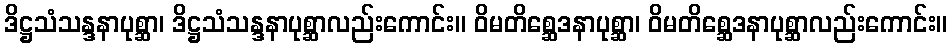
ဒိဋ္ဌသံသန္ဒနာပုစ္ဆာ၊ ဒိဋ္ဌသံသန္ဒနာပုစ္ဆာလည်းကောင်း။ ဝိမတိစ္ဆေဒနာပုစ္ဆာ၊ ဝိမတိစ္ဆေဒနာပုစ္ဆာလည်းကောင်း။